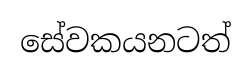
සේවකයනටත්